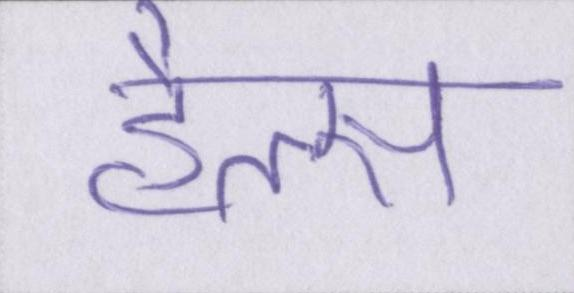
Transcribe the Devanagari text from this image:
हैल्स